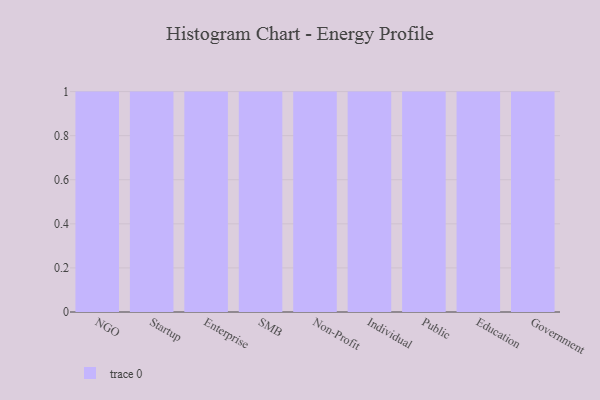
{"axis": {"x": "Segment", "y": "Customer Acquisition Cost (USD)"}, "legend": [""], "data": [{"x": "NGO", "y": 92, "type": ""}, {"x": "Startup", "y": 66, "type": ""}, {"x": "Enterprise", "y": 50, "type": ""}, {"x": "SMB", "y": 34, "type": ""}, {"x": "Non-Profit", "y": 28, "type": ""}, {"x": "Individual", "y": 19, "type": ""}, {"x": "Public", "y": 87, "type": ""}, {"x": "Education", "y": 87, "type": ""}, {"x": "Government", "y": 38, "type": ""}]}